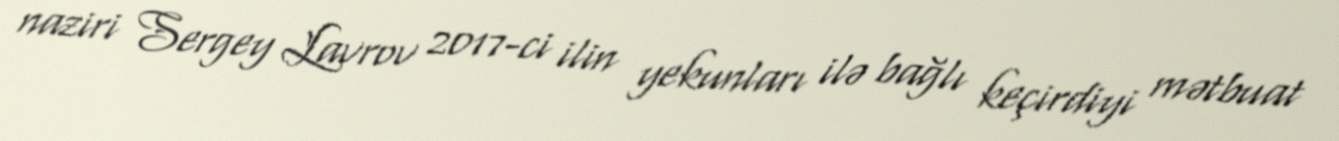
naziri Sergey Lavrov 2017-ci ilin yekunları ilə bağlı keçirdiyi mətbuat